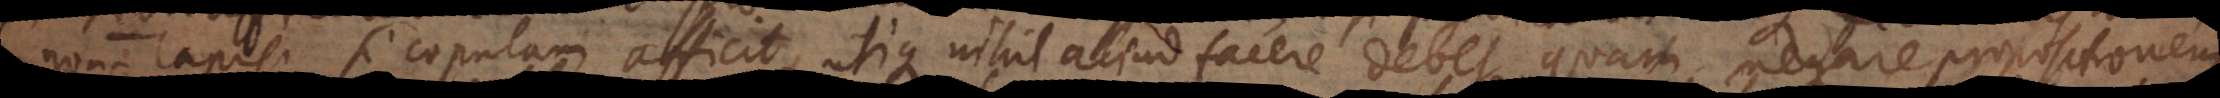
non‐lapis, si copulam afficit, utique nihil aliud facere debet, quam negare propositionem